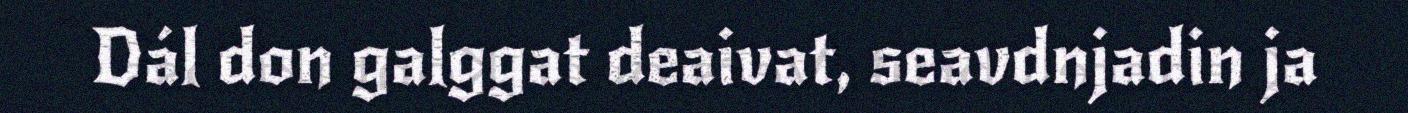
Dál don galggat deaivat, seavdnjadin ja